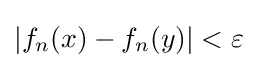
\left|f_{n}(x)-f_{n}(y)\right|<\varepsilon